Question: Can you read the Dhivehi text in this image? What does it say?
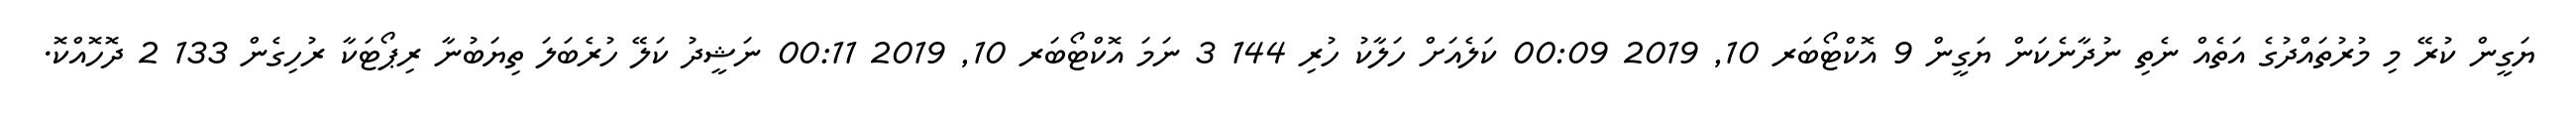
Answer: ޔަގީން ކުރޭ މި މުރުތައްދުގެ އަތެއް ނެތި ނުދާނެކަން ޔަގީން 9 އޮކްޓޯބަރ 10, 2019 00:09 ކަލެއަށް ހަލާކު ހުރި 144 3 ނަމަ އޮކްޓޯބަރ 10, 2019 00:11 ނަޝީދު ކަލޭ ހުރެބަލަ ތިޔަބުނާ ރިޕޯޓަކާ ރުހިގެން 133 2 ދޮހޮއްކޮ.